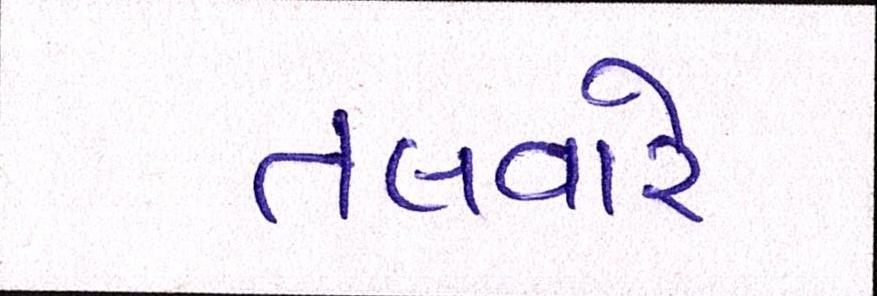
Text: તલવારે